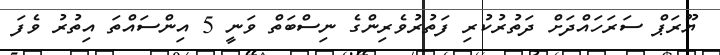
ޔޫރަޕް ސަރަހައްދަށް ދަތުރުކުރި ފަތުރުވެރިންގެ ނިސްބަތް ވަނީ 5 އިންސައްތަ އިތުރު ވެފަ